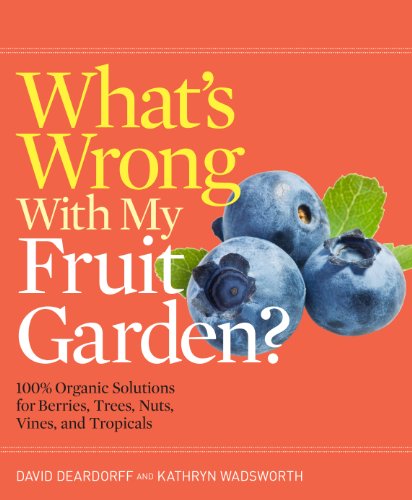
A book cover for What's Wrong With My Fruit Garden?: 100% Organic Solutions for Berries, Trees, Nuts, Vines, and Tropicals; David Deardorff; Crafts, Hobbies & Home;